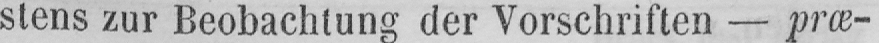
stens zur Beobachtung der Vorschriften - præ-